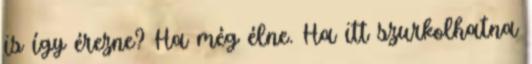
is így érezne? Ha még élne. Ha itt szurkolhatna